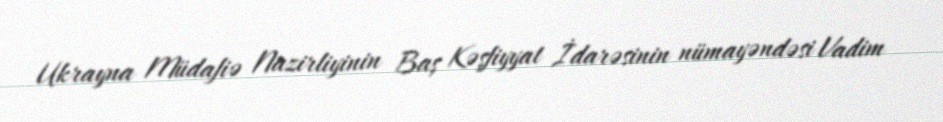
Ukrayna Müdafiə Nazirliyinin Baş Kəşfiyyat İdarəsinin nümayəndəsi Vadim